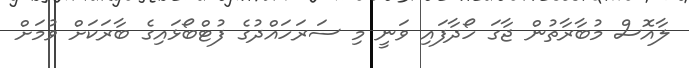
ލާއޮސް މުބާރާތުން ޖާގަ ހޯދާފައި ވަނީ މި ސަރަހައްދުގެ ފުޓްބޯޅައިގެ ބާރަކަށް ވުމަށް